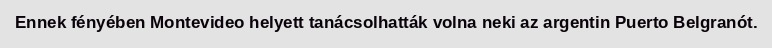
Ennek fényében Montevideo helyett tanácsolhatták volna neki az argentin Puerto Belgranót.